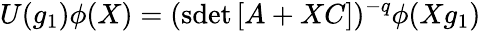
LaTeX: U(g_{1})\phi(X)=(\mathrm{sdet}\, [A+XC])^{-q}\phi(Xg_{1})